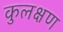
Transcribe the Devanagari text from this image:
कुलक्षण